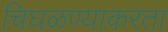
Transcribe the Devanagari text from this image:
चिघळण्याकरता